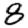
Digit: 8